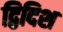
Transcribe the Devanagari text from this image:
द्विदिश